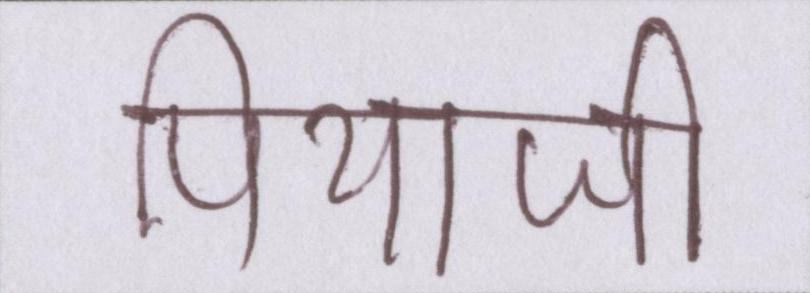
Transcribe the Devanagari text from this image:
पियाजी